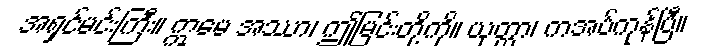
အရှင်မင်းကြီး။ ဣမေ အဿာ၊ ဤမြင်းတို့ကို။ ယုတ္တာ၊ ကအပ်ကုန်ပြီ။